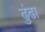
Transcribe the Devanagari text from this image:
ढुंढा